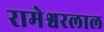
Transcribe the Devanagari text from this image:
रामेश्वरलाल